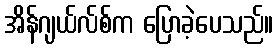
အိန်ဂျယ်လ်စ်က ပြောခဲ့ပေသည်။